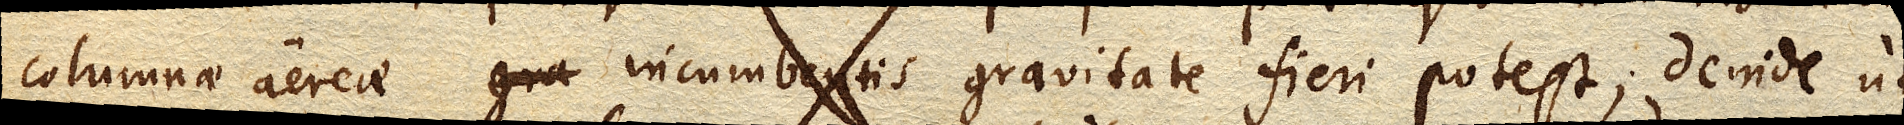
columnae aereae incumbentis gravitate fieri potest; deinde ut